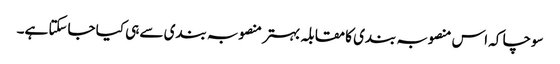
سوچا کہ اس منصوبہ بندی کا مقابلہ بہتر منصوبہ بندی سے ہی کیا جاسکتا ہے۔